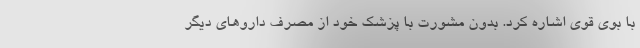
با بوی قوی اشاره کرد. بدون مشورت با پزشک خود از مصرف داروهای دیگر